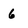
Character: 6